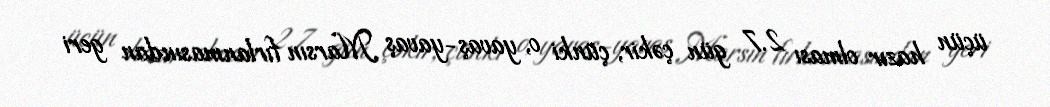
üçün hazır olması 2.7 gün çəkir, çünki o, yavaş-yavaş Marsın fırlanmasından geri